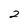
Character: 2